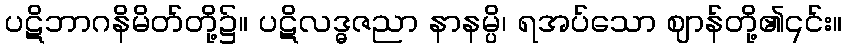
ပဋိဘာဂနိမိတ်တို့၌။ ပဋိလဒ္ဓဇညာ နာနမ္ပိ၊ ရအပ်သော ဈာန်တို့၏၎င်း။